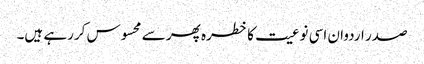
صدر اردوان اسی نوعیت کا خطرہ پھر سے محسوس کررہے ہیں۔